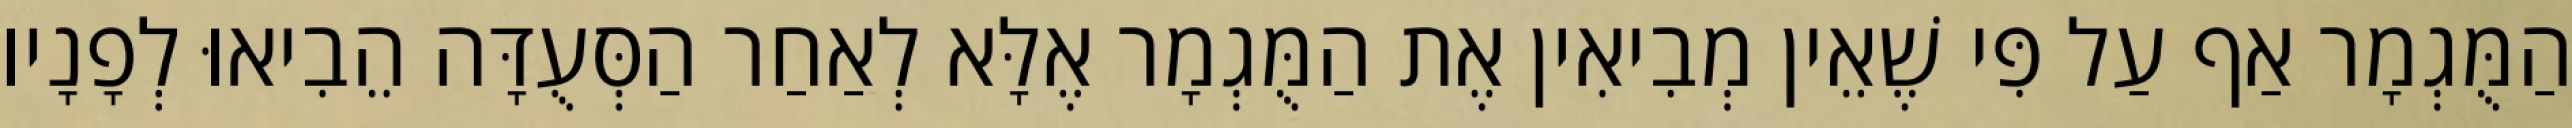
הַמֻּגְמָר אַף עַל פִּי שֶׁאֵין מְבִיאִין אֶת הַמֻּגְמָר אֶלָּא לְאַחַר הַסְּעֻדָּה הֵבִיאוּ לְפָנָיו